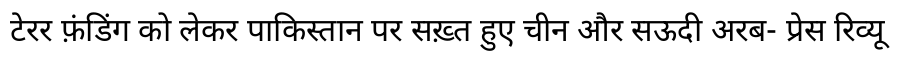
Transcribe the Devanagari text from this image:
टेरर फ़ंडिंग को लेकर पाकिस्तान पर सख़्त हुए चीन और सऊदी अरब- प्रेस रिव्यू